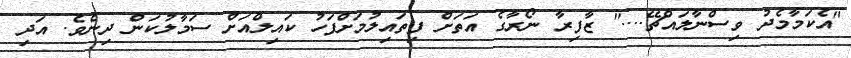
"އެކަމާމެދު ވިސްނާލައްޗޭ...." ޒާފިރާ ނޯރާގެ އަތަށް ފިތައިލުމަށްފަހު ކައިލްއަށް ސަމާލުކަން ދިނެވެ. އަދި